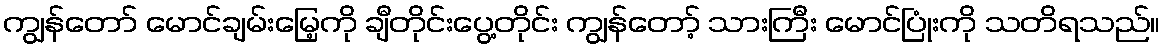
ကျွန်တော် မောင်ချမ်းမြေ့ကို ချီတိုင်းပွေ့တိုင်း ကျွန်တော့် သားကြီး မောင်ပြုံးကို သတိရသည်။